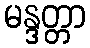
မန္ဒတ္တာ